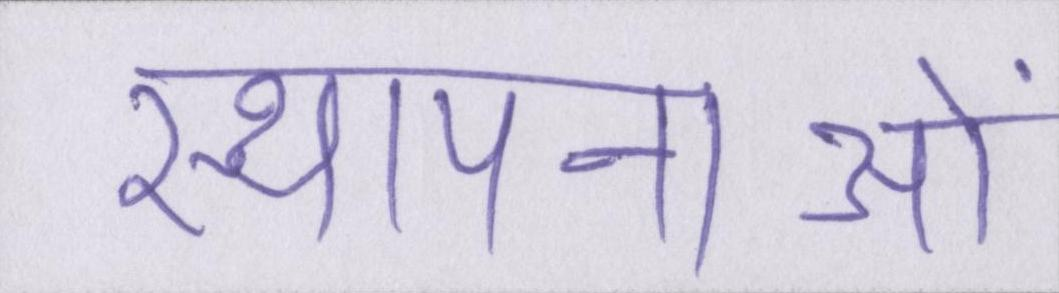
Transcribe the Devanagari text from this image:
स्थापनाओं